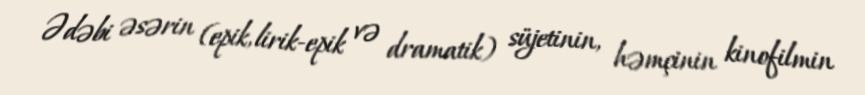
Ədəbi əsərin (epik, lirik-epik və dramatik) süjetinin, həmçinin kinofilmin